Lunatic asylums in Bengal annual reports 1899-1911 - 1899-1911
Year: 1899
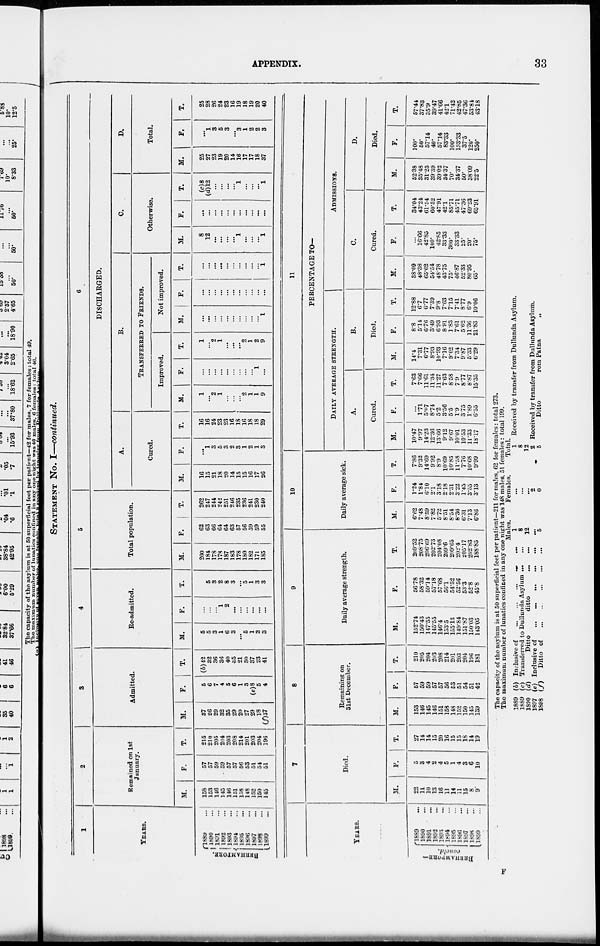
APPENDIX.
33
STATEMENT NO. I—continued.
1
YEARS.
BERHAMPORE.
1889
...
1890
...
1891 ...
1892 ...
1893
...
1894
...
1895
...
1896
...
1897 ...
1898
...
1899 ...
2
Remained on 1st
January.
M.
158
153
146
145
146
151
158
148
152
150
145
F.
57
57
59
59
57
57
56
53
51
54
51
T.
215
210
205
204
203
208
214
201
203
204
196
3
Admitted.
M.
37
26
29
32
35
29
20
27
29
18
(f)37
F.
5
6
7
4
5
6
1
3
(e)8
5
4
T .
(b)42
32
36
36
40
35
21
30
37
23
41
4
Re-admitted.
M.
5
5
3
1
6
3
...
5
1
3
3
F.
...
...
...
1
2
...
...
...
...
...
...
T.
5
5
3
2
8
3
...
5
1
3
3
5
Total population.
M.
200
184
178
178
187
183
178
180
182
171
185
F.
62
63
66
61
64
63
57
56
59
59
55
T.
262
247
244
242
251
246
235
236
241
230
240
6
DISCHARGED.
A.
Cured.
M.
16
15
21
18
20
14
15
15
16
17
26
F.
...
1
3
5
3
2
3
1
2
1
3
T.
16
16
24
23
23
16
18
16
18
18
29
B.
TRANSFERRED TO FRIENDS.
Improved.
M.
1
...
2
1
...
...
...
2
1
1
9
F.
...
...
...
...
...
...
...
...
...
1
...
T.
1
...
2
1
...
...
...
2
1
2
9
Not improved.
M.
...
...
...
...
...
...
...
...
...
...
1
F.
...
...
...
...
...
...
...
...
...
...
...
T.
...
...
...
...
...
...
...
...
...
...
1
C.
Otherwise.
M.
8
12
...
...
...
...
1
...
...
...
1
F.
...
...
...
...
...
...
...
...
...
...
...
T.
(c)8
(d)12
...
...
...
...
1
...
...
...
1
D.
Total.
M.
25
27
23
19
20
14
16
17
17
18
37
F.
...
1
3
5
3
...
3
1
2
2
3
T.
25
28
26
24
23
16
19
18
19
20
40
YEARS.
BERHAMPORE—
concld.
1889 ...
1890 ...
1891 ...
1892 ...
1893 ...
1894 ...
1895 ...
1896 ...
1897 ...
1898 ...
1899 ...
7
Died.
M.
22
11
10
13
16
11
14
11
15
8
9
F.
5
3
4
2
4
5
1
4
3
6
10
T.
27
14
14
15
20
16
15
15
18
14
19
8
Remaining on
31st December.
M.
153
146
145
146
151
158
148
152
150
145
139
F.
57
59
59
57
57
56
53
51
54
51
42
T.
210
205
204
203
208
214
201
203
204
196
181
9
Daily average strength.
M.
152.74
150.43
147.55
145.55
146.4
153.5
155.13
149.84
151.87
150.03
143.05
F.
56.78
58.32
59.14
57.18
57.68
50.1
54.52
52.56
53.3
52.8
45.8
T.
209.52
208.75
206.69
202.73
204.08
209.6
209.65
202.4
205.17
202.83
188.85
10
Daily average sick.
M.
6.62
7.48
8.59
7.82
5.72
8.51
8.54
8.36
6.31
7.13
6.86
F.
1.24
1.84
6.10
2.1
3.18
2.18
2.31
3.22
1.45
3.55
3.13
T.
7.86
9.32
14.69
9.92
8.9
10.69
10.85
11.58
7.76
10.68
9.99
11
PERCENTAGE TO—
DAILY AVERAGE STRENGTH.
A.
Cured.
M.
10.47
9.97
14.23
12.36
13.66
9.12
9.67
10.01
10.53
11.33
18.17
F.
...
1.71
5.07
8.74
5.2
3.56
5.5
1.9
3.75
1.89
6.55
T.
7.63
7.66
11.61
11.34
11.27
7.63
8.58
7.9
8.77
8.87
15.35
B.
Died.
M.
14.4
7.31
6.77
8.93
10.93
7.16
9.02
7.34
9.87
5.33
6.29
F.
8.8
5.14
6.76
3.49
6.93
8.91
1.83
7.61
5.62
11.36
21.83
T.
12.88
6.7
6.77
7.39
9.8
7.63
7.15
7.41
8.77
6.9
10.06
ADMISSIONS.
C.
Cured.
M.
38.09
48.38
65.62
54.54
48.78
43.75
75.
46.87
52.33
80.95
65.
F.
...
16.66
42.85
100.
42.85
33.33
300.
33.33
25.
20.
75.
T.
34.04
43.24
61.54
60.52
47.91
42.1
85.71
45.71
47.36
69.23
65.91
D.
Died.
M.
52.38
35.48
31.25
39.39
39.02
34.37
70.
34.37
50.
38.09
22.5
F.
100.
50.
57.14
40.
57.14
83.33
100.
133.33
37.5
120.
250.
T.
57.44
37.83
35.9
39.47
41.66
42.1
71.42
42.85
47.36
53.84
43.18
The capacity of the asylum is at 50 superficial feet per patient—211 for males, 62 for females: total 273.
The maximum number of lunatics confined in any one night was 148 males, 51 females : total 199.
1889
1889
1890
1897
1898
(b)
(c)
(d)
(e)
(f)
Inclusive of
...
...
...
...
...
Transferred to Dullunda Asylum
...
...
Ditto
ditto ... ...
Inclusive of
...
...
...
...
...
Ditto of
...
...
...
...
...
Males.
1
8
12
...
5
Females.
...
...
...
2
0
Total.
1
Received by transfer from Dullunda Asylum.
8
12
2 Received by transfer from Dullunda Asylum.
5
Ditto
from
Patna
„
F